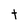
Character: t